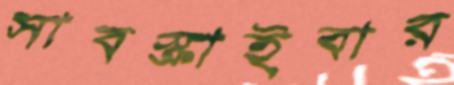
সাবস্ক্রাইবার